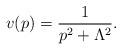
LaTeX: \begin{align*} v(p) = {1\over p^2 + \Lambda^2}.\end{align*}